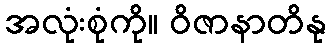
အလုံးစုံကို။ ဝိဇာနာတိနု